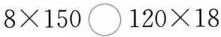
$$8 \times 1 5 0 \bigcirc 1 2 0 \times 1 8$$